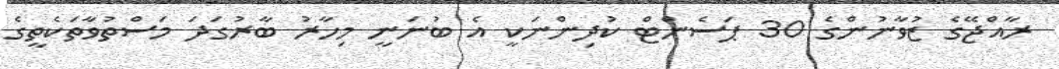
ރާއްޖޭގެ ޒުވާނުންގެ 30 ޕަސެންޓް ކުދިންނަކީ އެ ބުނަނީ މިހާރު ބާރުގަދަ މަސްތުވާތަކެތީގެ